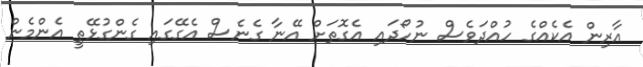
އާރިން އެކެއްގެ ހުއްދަވެސް ނުހޯދައި އެގޮތަށް އޭނާ ގެނެސް އެގޭގައި ގެންގުޅޭތީ އެންމެން